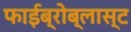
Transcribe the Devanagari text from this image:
फाईब्रोब्लास्ट